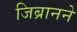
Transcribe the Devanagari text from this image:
जिब्रानने